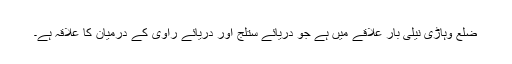
ضلع وہاڑی نیلی بار علاقے میں ہے جو دریائے ستلج اور دریائے راوی کے درمیان کا علاقہ ہے۔